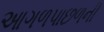
આગળપાછળની